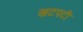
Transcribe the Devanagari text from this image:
खटपटी